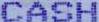
CASH